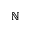
\mathbb { N }